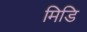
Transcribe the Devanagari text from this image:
मिडि